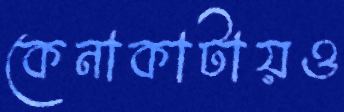
কেনাকাটায়ও